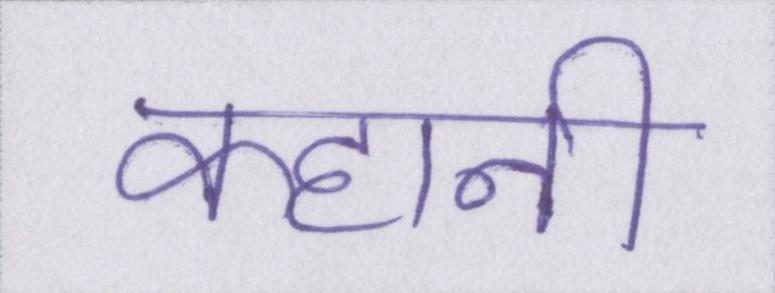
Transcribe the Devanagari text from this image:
कहानी